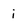
Character: i